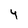
Character: y